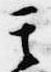
其